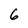
Character: 6